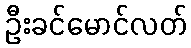
ဦးခင်မောင်လတ်